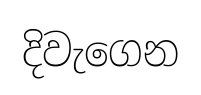
දිවැගෙන